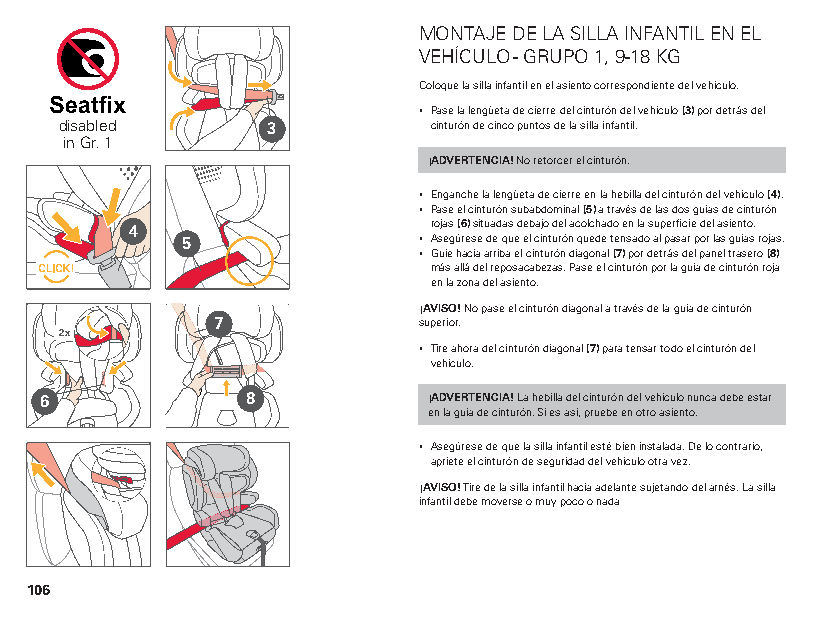
MONTAJE DE LA SILLA INFANTIL EN EL
 VEHÍCULO - GRUPO 1, 9-18 KG
 Coloque la silla infantil en el asiento correspondiente del vehículo.
 ▪ Pase la lengüeta de cierre del cinturón del vehículo (3) por detrás del
 disabled      3         cinturón de cinco puntos de la silla infantil.
 in Gr. 1
 ¡ADVERTENCIA! No retorcer el cinturón.
 ▪ Enganche la lengüeta de cierre en la hebilla del cinturón del vehículo (4).
 ▪ Pase el cinturón subabdominal (5) a través de las dos guías de cinturón
 4                  rojas (6) situadas debajo del acolchado en la superficie del asiento.
 5               ▪ Asegúrese de que el cinturón quede tensado al pasar por las guías rojas.
 ▪ Guíe hacia arriba el cinturón diagonal (7) por detrás del panel trasero (8)
 más allá del reposacabezas. Pase el cinturón por la guía de cinturón roja
 en la zona del asiento.
 ¡AVISO! No pase el cinturón diagonal a través de la guía de cinturón
 7             superior.
 2x
 ▪ Tire ahora del cinturón diagonal (7) para tensar todo el cinturón del
 vehículo.
 6            8           ¡ADVERTENCIA! La hebilla del cinturón del vehículo nunca debe estar
 en la guía de cinturón. Si es así, pruebe en otro asiento.
 ▪ Asegúrese de que la silla infantil esté bien instalada. De lo contrario,
 apriete el cinturón de seguridad del vehículo otra vez.
 ¡AVISO! Tire de la silla infantil hacia adelante sujetando del arnés. La silla
 infantil debe moverse o muy poco o nada
 106